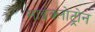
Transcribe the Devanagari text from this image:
साईक्लोट्रोन